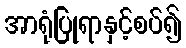
အာရုံပြုရာနှင့်စပ်၍